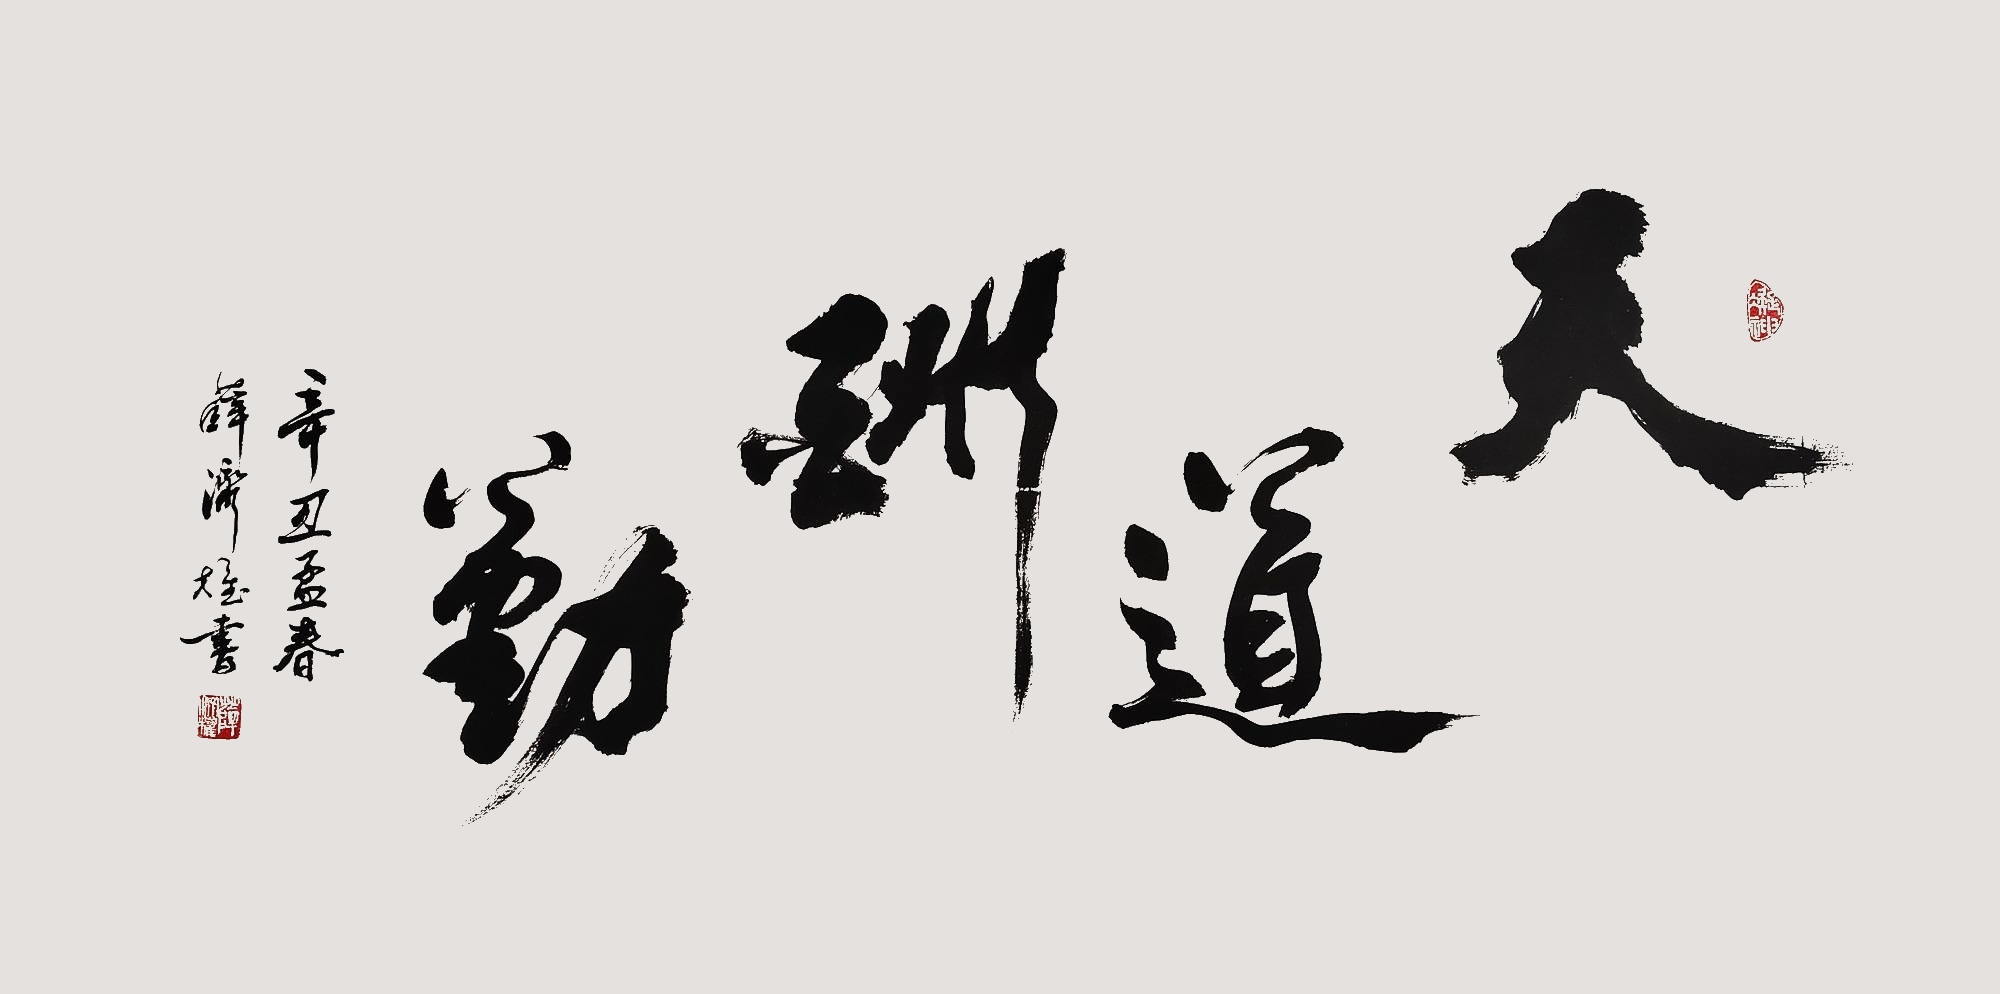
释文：天道酬勤辛丑孟春薛济权书